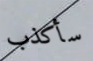
سأكذب